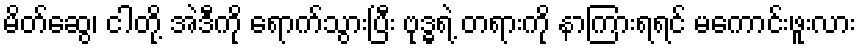
မိတ်ဆွေ၊ ငါတို့ အဲဒီကို ရောက်သွားပြီး ဗုဒ္ဓရဲ့ တရားကို နာကြားရရင် မကောင်းဖူးလား